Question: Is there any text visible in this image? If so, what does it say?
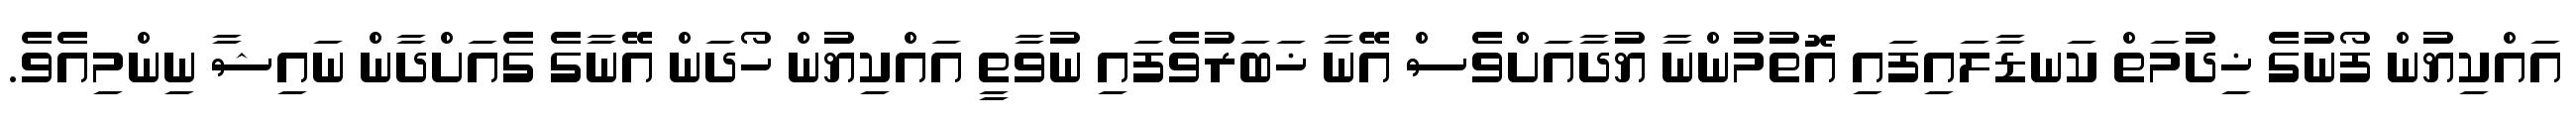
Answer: އައްކިޔުން ފޯނުގެ ޚިދުމަތް ކަނޑާލައިފައި އޮތުމުންނާ ޔުދާއަށްވެސް އޭނާ ޚަބަރުވެފައި ނުވާތީ އައްކިޔުން ހޯދަން އޭނާގެ ގެއަށްދާން ނައިޝާ ނިންމިއެވެ.